Report on horse surra - Volume II, Part I
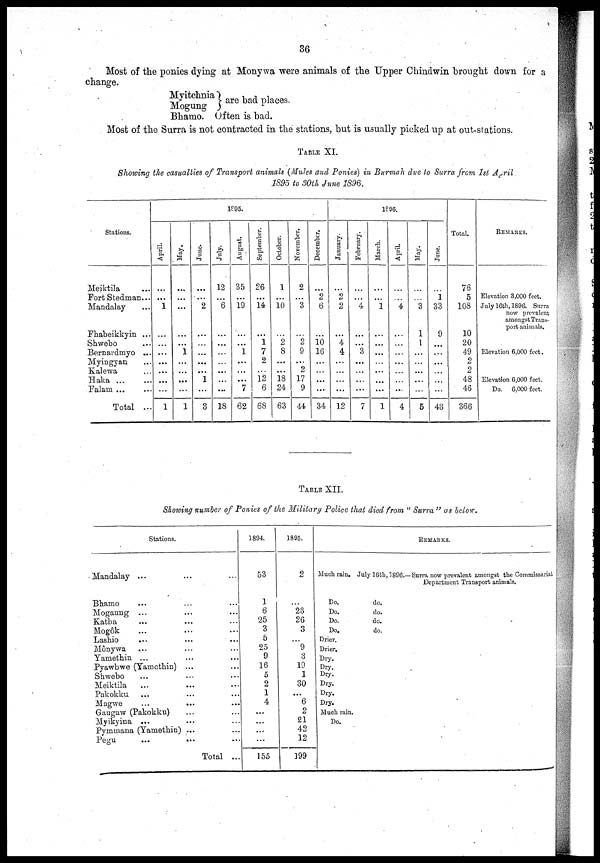
36
Most of the ponies dying at Monywa were animals of the Upper Chindwin brought down for a
change.
Myitchnia
Mogung
Bhamo.
are bad places
Often is bad.
Most of the Surra is not contracted in the stations, but is usually picked up at out-stations.
TABLE XI.
Showing the casualties of Transport animals (Mules and Ponies) in Burmah due to Surra from 1st April
1895 to 30th June 1896.
Stations.
Meiktila
Fort Stedman...
Mandalay
Fhabeikkyin ...
Shwebo
Bernardmyo ...
Myingyan
Kalewa
Haka ...
Falam ...
Total ...
1895.
April.
...
...
1
...
...
...
...
...
...
1
May.
...
...
...
....
...
1
...
...
...
...
1
June.
...
...
2
...
...
...
...
1
...
3
July.
12
...
6
...
...
...
...
...
18
August.
35
...
19
...
...
1
...
...
...
7
62
September.
26
...
14
...
1
7
2
12
6
68
October.
1
...
10
2
8
...
...
18
24
63
November.
2
...
3
...
2
9
...
2
17
9
44
1896.
December.
...
2
6
...
10
16
...
...
...
...
34
January.
...
2
2
...
4
4
...
...
...
...
12
February.
...
. . .
4
...
...
3
...
...
...
...
7
March.
...
...
1
...
...
...
...
...
...
...
1
April.
...
...
4
...
...
...
...
....
...
...
4
May.
...
...
3
1
1
...
...
...
...
...
5
June.
...
1
33
9
...
...
...
...
...
...
43
Total.
76
5
108
10
20
49
2
2
48
46
366
REMARKS.
Elevation 3,000 feet.
July 16th, 1896. Surra
now prevalent
amongst Trans-
port animals.
Elevation 6,000 feet.
Elevation 6,000 feet.
Do. 6,000 feet.
TABLE XII.
Showing number of Ponies of the Military Police that died from " Surra " as below.
Stations.
Mandalay ...
Bhamo
Mogaung ...
Katha
Mogôk
Lashio
Mônywa
...
Yamethin ...
...
....
...
...
....
...
Pyawbwe (Yamethin) ...
Shwebo
Meiktila
Pakokku
Magwe
...
...
Gaugaw (Pakokku)
Myikyina ...
Pymmana (Yamethin) ...
Pegu
...
...
...
...
...
...
...
...
...
...
...
..
Total ...
1894.
53
1
6
25
3
5
25
9
16
5
2
1
4
...
...
155
1895.
2
...
23
26
3
9
3
19
1
30
...
6
2
21
42
12
199
Much rain.
Do.
Do.
Do.
Do.
Drier.
Drier.
Dry.
Dry.
Dry.
Dry.
Dry.
Dry.
Much rain.
Do.
July 16th, 1896.-
do.
do.
do.
do.
REMARKS.
Surra now prevalent amongst the Commissariat
Department Transport animals.